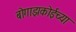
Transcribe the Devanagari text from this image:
बोगाझकोईच्या